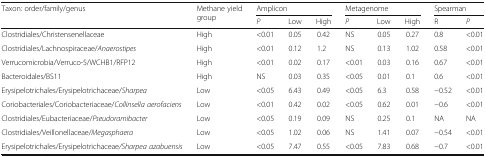
<table><thead><tr><td rowspan="2"><b>Taxon: order/family/genus</b></td><td rowspan="2"><b>Methane yield group</b></td><td colspan="3"><b>Amplicon</b></td><td colspan="3"><b>Metagenome</b></td><td colspan="2"><b>Spearman</b></td></tr><tr><td><b><i>P</i></b></td><td><b>Low</b></td><td><b>High</b></td><td><b><i>P</i></b></td><td><b>Low</b></td><td><b>High</b></td><td><b>R</b></td><td><b><i>P</i></b></td></tr></thead><tbody><tr><td>Clostridiales/Christensenellaceae</td><td>High</td><td>&lt;0.01</td><td>0.05</td><td>0.42</td><td>NS</td><td>0.05</td><td>0.27</td><td>0.8</td><td>&lt;0.01</td></tr><tr><td>Clostridiales/Lachnospiraceae/<i>Anaerostipes</i></td><td>High</td><td>&lt;0.01</td><td>0.12</td><td>1.2</td><td>NS</td><td>0.13</td><td>1.02</td><td>0.58</td><td>&lt;0.01</td></tr><tr><td>Verrucomicrobia/Verruco-5/WCHB1/RFP12</td><td>High</td><td>&lt;0.01</td><td>0.02</td><td>0.17</td><td>&lt;0.01</td><td>0.03</td><td>0.16</td><td>0.67</td><td>&lt;0.01</td></tr><tr><td>Bacteroidales/BS11</td><td>High</td><td>NS</td><td>0.03</td><td>0.35</td><td>&lt;0.05</td><td>0.01</td><td>0.1</td><td>0.6</td><td>&lt;0.01</td></tr><tr><td>Erysipelotrichales/Erysipelotrichaceae/<i>Sharpea</i></td><td>Low</td><td>&lt;0.05</td><td>6.43</td><td>0.49</td><td>&lt;0.05</td><td>6.3</td><td>0.58</td><td>−0.52</td><td>&lt;0.01</td></tr><tr><td>Coriobacteriales/Coriobacteriaceae/<i>Collinsella aerofaciens</i></td><td>Low</td><td>&lt;0.01</td><td>0.42</td><td>0.02</td><td>&lt;0.05</td><td>0.62</td><td>0.01</td><td>−0.6</td><td>&lt;0.01</td></tr><tr><td>Clostridiales/Eubacteriaceae/<i>Pseudoramibacter</i></td><td>Low</td><td>&lt;0.05</td><td>0.19</td><td>0.09</td><td>NS</td><td>0.25</td><td>0.1</td><td>NA</td><td>NA</td></tr><tr><td>Clostridiales/Veillonellaceae/<i>Megasphaera</i></td><td>Low</td><td>&lt;0.05</td><td>1.02</td><td>0.06</td><td>NS</td><td>1.41</td><td>0.07</td><td>−0.54</td><td>&lt;0.01</td></tr><tr><td>Erysipelotrichales/Erysipelotrichaceae<i>/Sharpea azabuensis</i></td><td>Low</td><td>&lt;0.05</td><td>7.47</td><td>0.55</td><td>&lt;0.05</td><td>7.83</td><td>0.68</td><td>−0.7</td><td>&lt;0.01</td></tr></tbody></table>